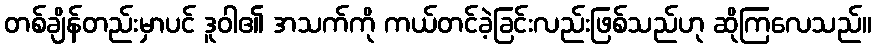
တစ်ချိန်တည်းမှာပင် ဒူဝါ၏ အသက်ကို ကယ်တင်ခဲ့ခြင်းလည်းဖြစ်သည်ဟု ဆိုကြလေသည်။